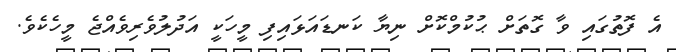
އެ ފޮތުގައި ވާ ގޮތަށް ޙުކުމްކޮށް ނިޔާ ކަނޑައަޅައިފި މީހަކީ އަދުލުވެރިވެއްޖެ މީހެކެވެ.